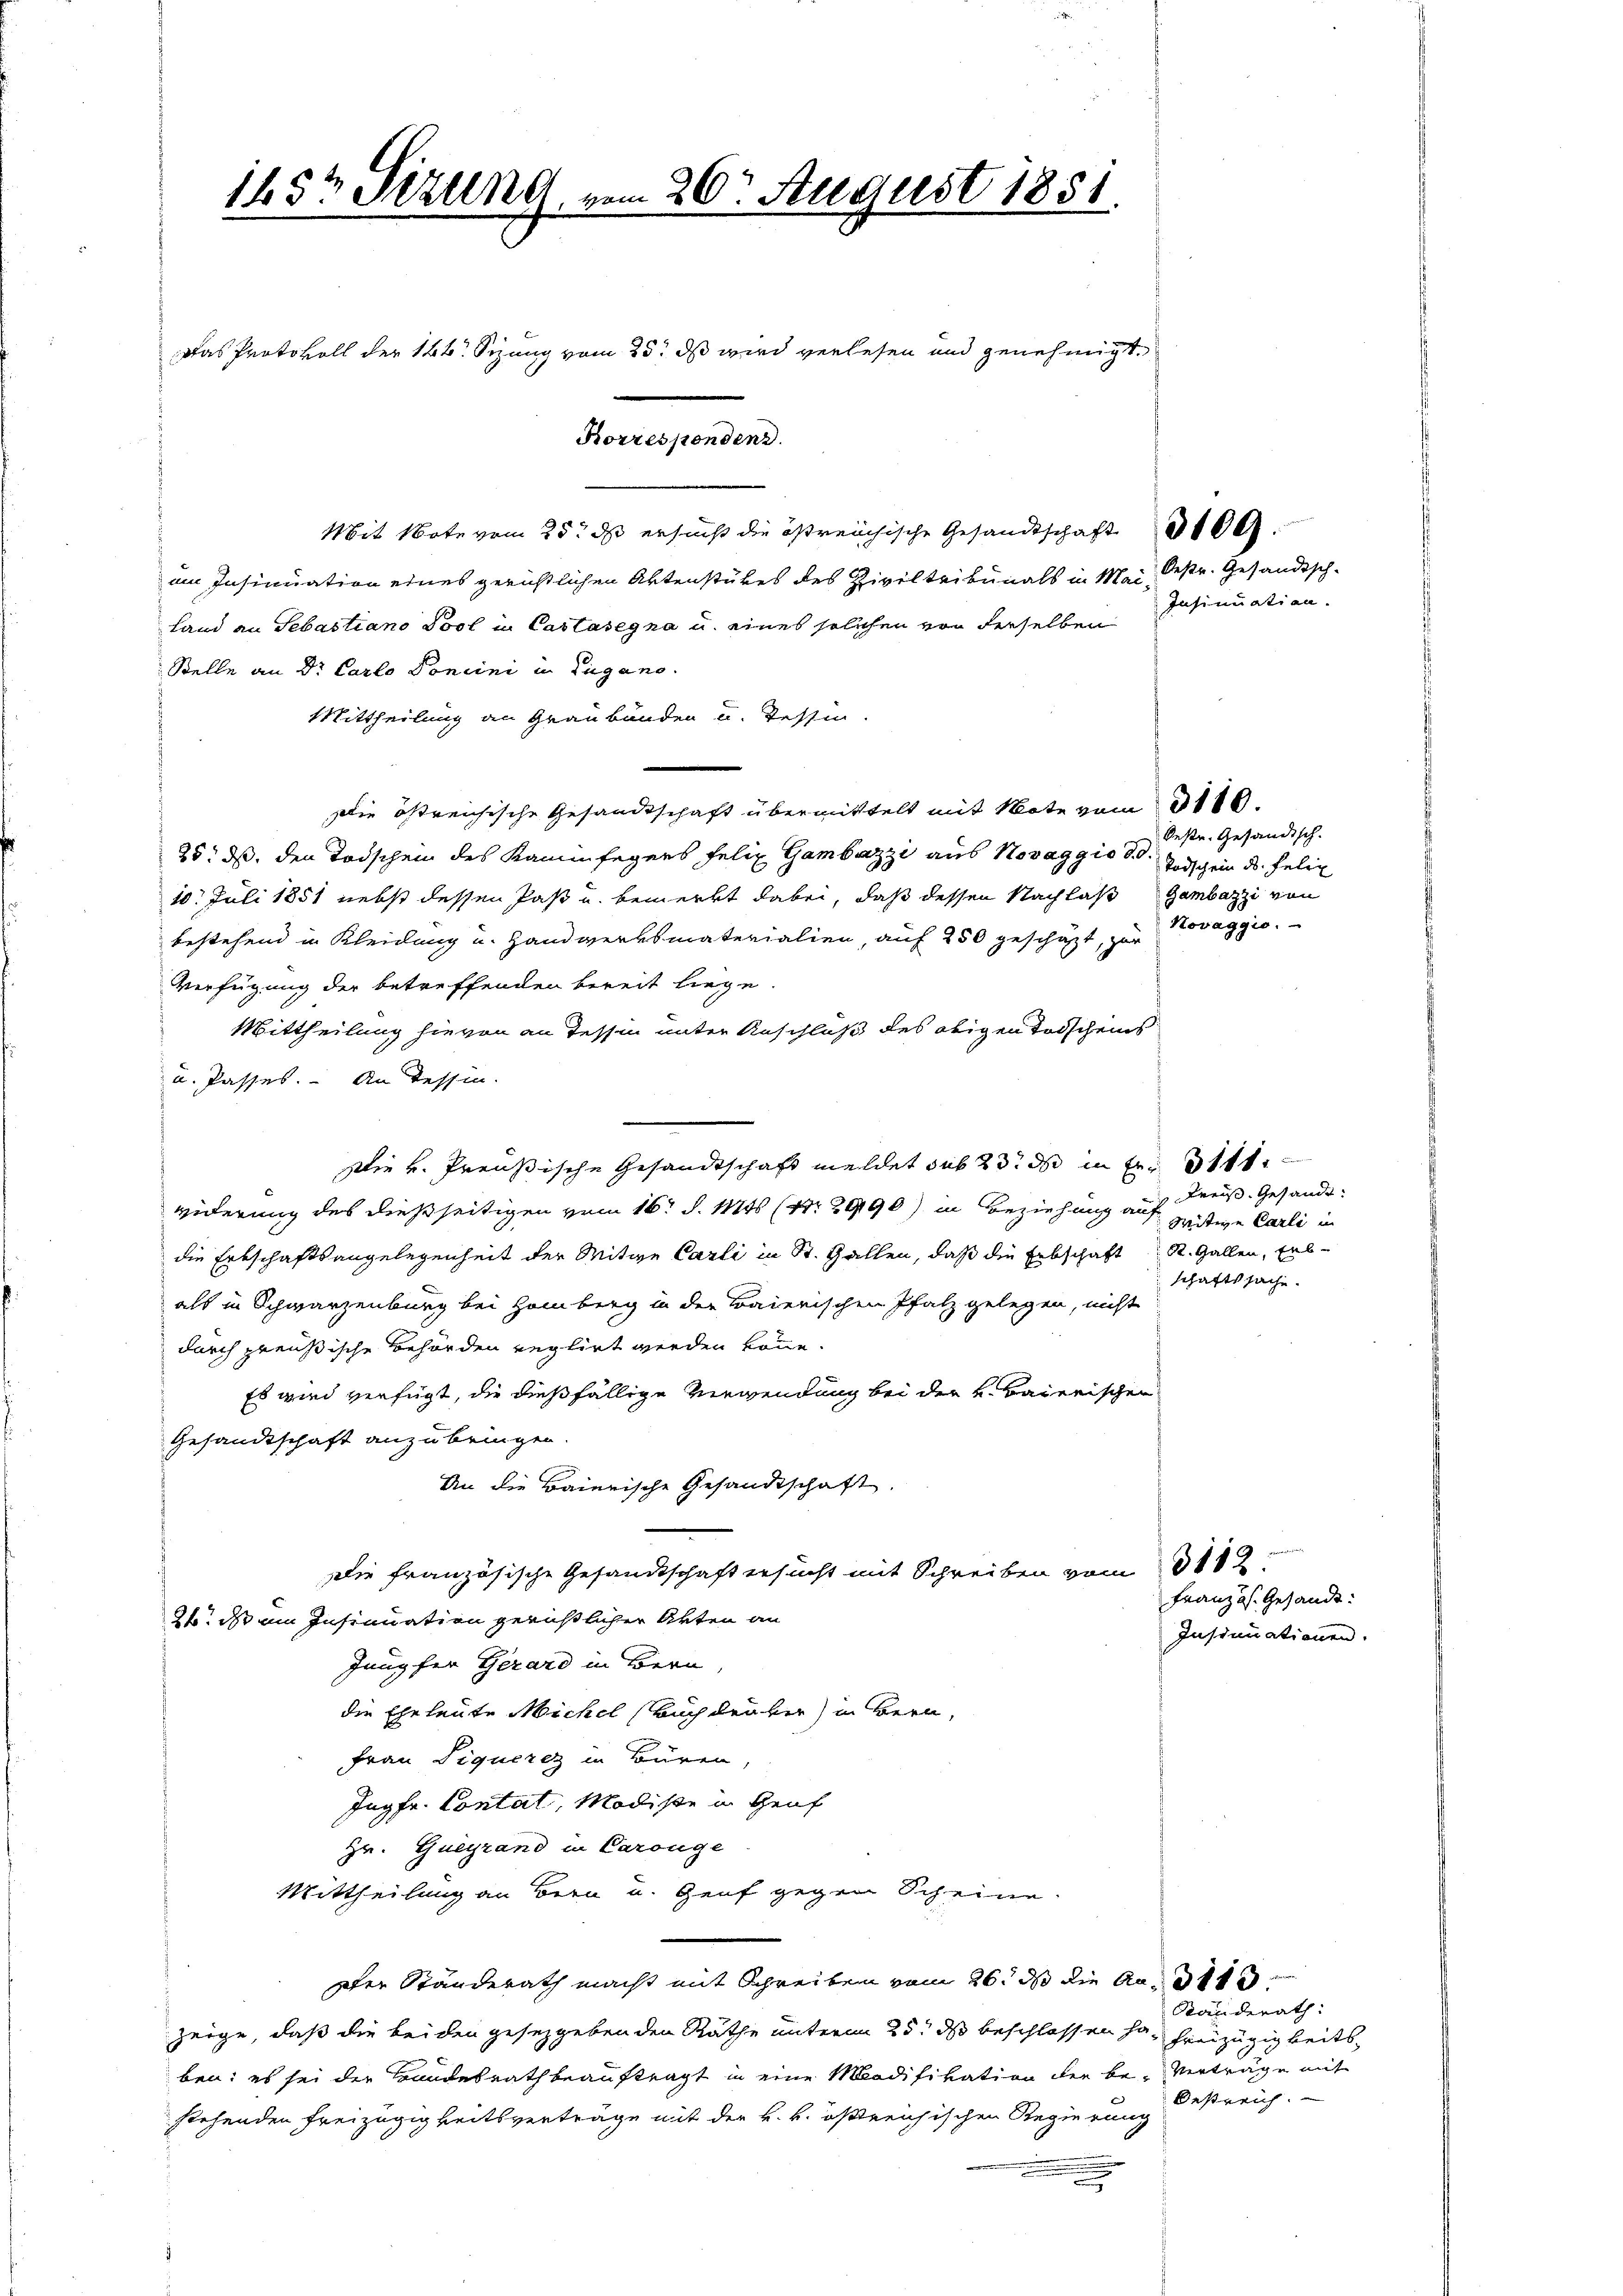
145t Sezung vom 20. August 1881.

Finan
Das Protokoll der 126. Sizung vom 25. ds wird verlesen und genehmigt.
Korrespondenz.
Mit Note vom 25. ds ersucht die östreichische Gesandtschaft
um Insinuation eines gerichtlichen Aktenstükes des Ziviltribunals in Mai Oestr. Gesandtsch-
Land an Sebastiano Pool in Castasegna u. eines solchen von derselben
Stelle an Dr. Carlo Concini in Lugano.
Mittheilung an Graubänden u. Tessin.
Die östreichische Gesandtschaft übermittelt mit Note vom 31.
25. ds, den Todschen des Kaminfegers Felix Gambazzi aus Novaggio S. Todschein ds Felix
10. Juli 1851 nebst dessen Past u. bemerkt dabei, daß dessen Nachlaß Gambazzi von
bestehend in Kleidung u. Handwerksmaterialien, auf 250 geschäzt, zur
Verfügung der betreffenden bereit liege.
Mittheilung hievon an Tessin unter Anschluß des obigen Todschens
u. Passes. An Tessin.
.
Die v. Preußische Gesandtschaft meldet sub 23. ds in fr. 311.
widerung des dießseitigen vom 16t d. 1174 (12990) in Beziehung auf Witwe Carli in
die Erbschaftsangelegenheit der Mitwe Carli in St. Gallen, daß die Erbschaft R. Gallen, Erb-
als in Schwarzenburg bei Hamberg in der Baierischen Pfalz gelegen, nicht
durch preußische Behörden reglirt werden könne.
Es wird verfügt, die dießfällige Verwendung bei der K. Baierischen
Gesandtschaft anzubringen.
An die Baierische Gesandtschaft.
Die französische Gesandtschaft ersucht mit Schreiben vom 3182.
26. ds um Insinuation gerüstlicher Akten an
Jung für Gerard in Bern,
die Eheleute Michel Buch der ver) in Bern,
Frau Piquerez in Büren
Ingfr. Contal, Modiste in Genf
Hr. Gueyrand in Carönge
Mittheilung an Bern u. Genf gegen Scheine
sher Standerath macht mit Schreiben vom 26. ds die Aus d
Standerath:
zeige, daß die beiden gesetzgeben den Räthe unterm 25. ds beschlossen han hreizügigkeitsben: es sei der Brandesrath beauftragt in eine Modifikation der be- Verträge mit
Oestreich.
stehenden Freizügigkeitsverträge mit der k. k. östreichischen Regierung
.

Insinuation.

Bestr. Gesändisch.
Novaggio.

Kreis. Gesandt.
schaftssache.

Französ. Gesandt:
Instimmationen.